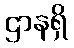
ဌာနရှိ